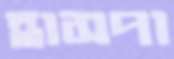
হাসপা